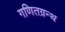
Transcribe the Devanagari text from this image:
गणितग्रन्थ